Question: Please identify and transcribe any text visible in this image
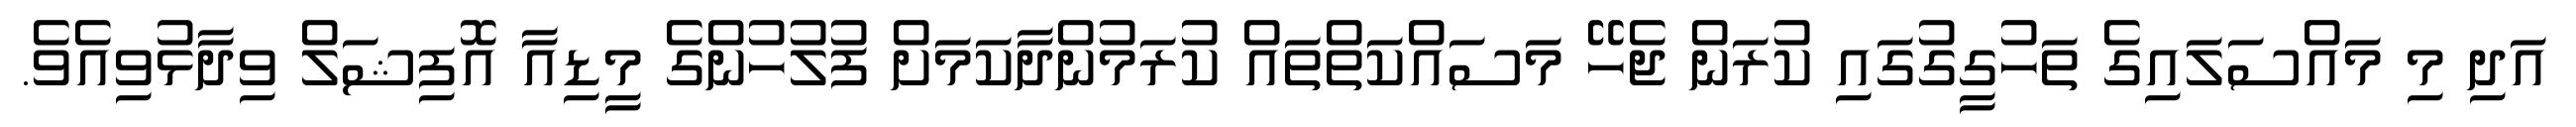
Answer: އަދި މި މައްސަލައިގެ ތަހުގީގުގައި ކުރަން ޖެހޭ މަސައްކަތްތައް ކުރަމުންދާކަމަށް ފުލުހުންގެ މީޑިއާ އޮފިޝަލް ވިދާޅުވިއެވެ.